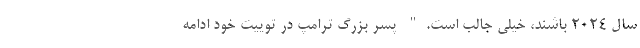
سال ۲۰۲۴ باشند، خیلی جالب است." پسر بزرگ ترامپ در توییت خود ادامه